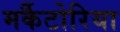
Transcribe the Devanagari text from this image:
मर्कैटोरिया